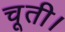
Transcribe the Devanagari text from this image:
चूती।